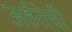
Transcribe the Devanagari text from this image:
अर्हतेची